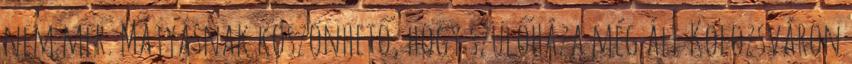
nem mer. Mátyásnak köszönhető, hogy szülőháza még áll Kolozsváron